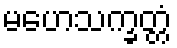
မဟေသက္ခတ္တံ